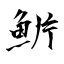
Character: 魸